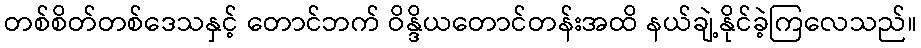
တစ်စိတ်တစ်ဒေသနှင့် တောင်ဘက် ဝိန္ဒိယတောင်တန်းအထိ နယ်ချဲ့နိုင်ခဲ့ကြလေသည်။